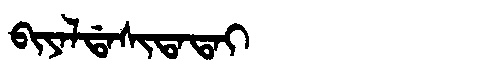
Manchu: ᠪᡳᠶᠠᠯᡩᠠᠰᡳᡨᠠᡨᠠᡳ
Romanization: BIYALDASITATAI